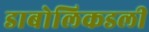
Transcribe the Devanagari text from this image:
डाबोलिकडली